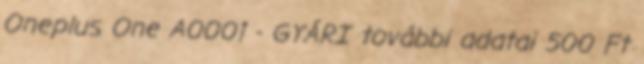
Oneplus One A0001 - GYÁRI további adatai 500 Ft